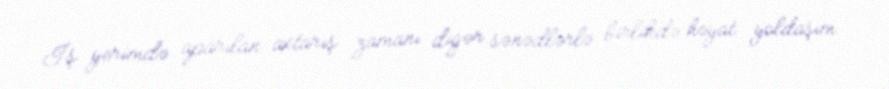
İş yerimdə aparılan axtarış zamanı digər sənədlərlə birlikdə həyat yoldaşım